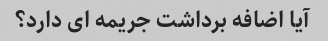
آیا اضافه برداشت جریمه ای دارد؟